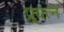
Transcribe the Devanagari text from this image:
प्र्रयत्न